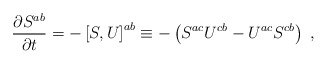
\begin{align*}\frac{\partial S^{ab}}{\partial t} = - \left[S,U\right]^{ab}\equiv- \left(S^{ac}U^{cb}-U^{ac}S^{cb}\right)\;,\end{align*}